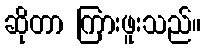
ဆိုတာ ကြားဖူးသည်။